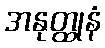
အနုတ္ထုနံ